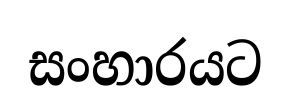
සංහාරයට